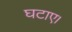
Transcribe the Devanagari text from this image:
घटाए।